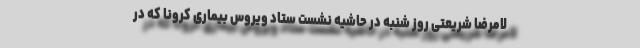
لامرضا شریعتی روز شنبه در حاشیه نشست ستاد ویروس بیماری کرونا که در